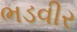
ભડવીર